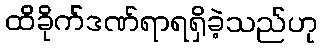
ထိခိုက်ဒဏ်ရာရရှိခဲ့သည်ဟု